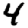
Digit: 4